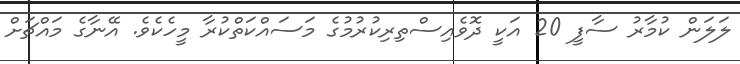
ލަލަން ކުމާރު ސާފީ 20 އަކީ ދޮވެއިސްތިރިކުރުމުގެ މަސައްކަތްކުރާ މީހެކެވެ. އޭނާގެ މައްޗަށް